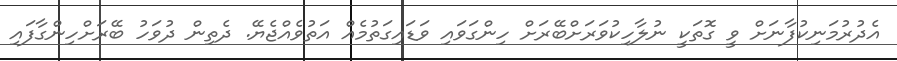
އެދުރުމަނިކުފާނަށް ވީ ގޮތަކީ ނުލާހިކުވަރަށްބޭރަށް ހިންގަވައި ވަޑައިގަތުމެއް އަތުވެއްޖެޔޭ. ދެތިން ދުވަހު ބޭރަށްހިންގާފައި